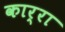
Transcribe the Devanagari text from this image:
कार्रा